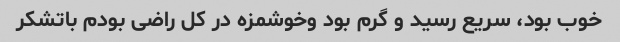
خوب بود، سریع رسید و گرم بود وخوشمزه در کل راضی بودم باتشکر